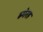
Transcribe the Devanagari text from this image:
ब्गेरह